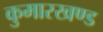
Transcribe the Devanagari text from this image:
कुमारखण्ड